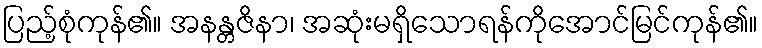
ပြည့်စုံကုန်၏။ အနန္တဇိနာ၊ အဆုံးမရှိသောရန်ကိုအောင်မြင်ကုန်၏။